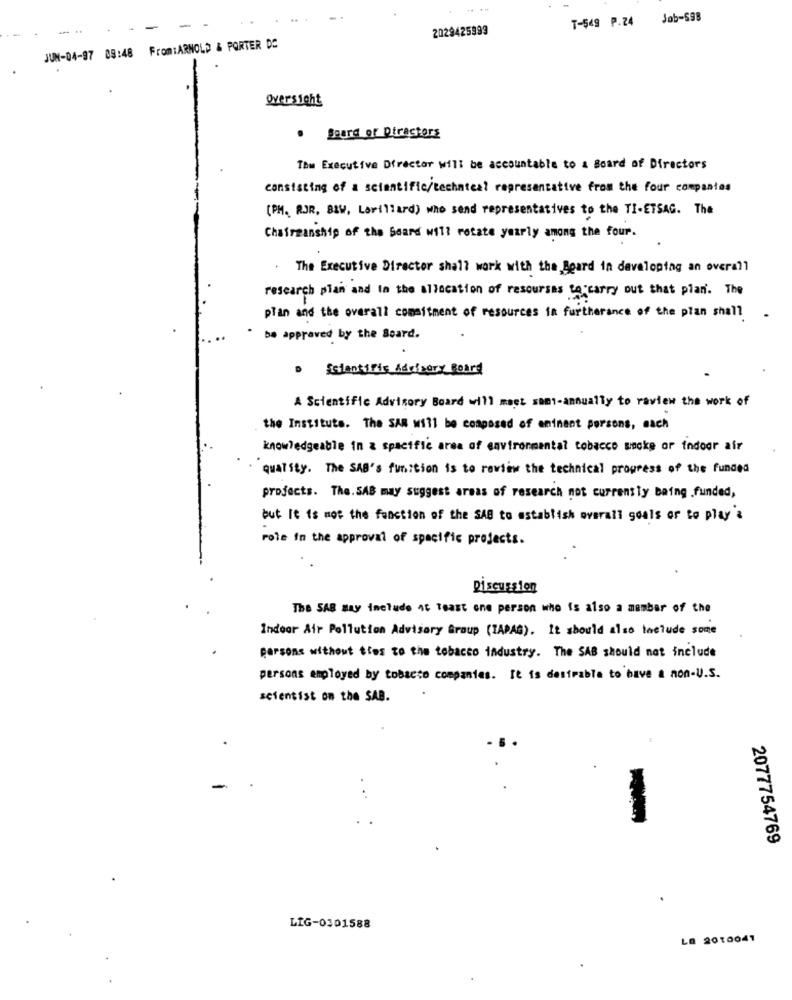
T-549 P.24
Job-598
2029425999
JUN-04-97 89:48 From:ARNOLD & PORTER DO
oversight
. Board of Directors
The Executive Director will be accountable to a Board of Directors
consisting of a scientific/technical representative from the four companies
(PM. RJR, BIV, Lorillard) who send representatives to the TI-ETSAG. The
Chairmanship of the Board will rotate yearly among the four.
The Executive Director shall work with the Board in developing an overall
research plan and in the allocation of resourses to carry out that plan'. The
plan and the overall commitment of resources in furtherance of the plan shall
be approved by the Board.
> Estentific Advisory Board
A Scientific Advisory Board will meet samt-annually to review the work of
the Institute. The SAR will be composed of eminent porsons, nach
knowledgeable in a spacific area of environmental tobacco macke or indoor air
quality. The SAB's function is to review the technical progress of the funded
projects. The. SAB may suggest areas of research not currently Being .funded,
but It is not the fonction of the SAB to establish overall goals er to play'a
role in the approval of specific projects.
Discussion
The SAR may include at least one person who is also a member of the
Indoor Air Pollution Advisory Group (IAPAG). It should also toelude some
parsons without ties to the tobacco industry. The SAB should not include
persons employed by tobacto companies. It is desirable to have a non-U.S.
scientist on the SAB.
..
2077754769
LIG-0301588
LA 2010041